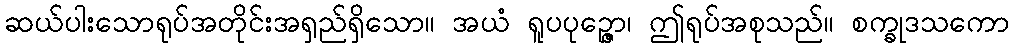
ဆယ်ပါးသောရုပ်အတိုင်းအရှည်ရှိသော။ အယံ ရူပပုဉ္ဇော၊ ဤရုပ်အစုသည်။ စက္ခုဒသကော